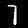
Digit: 7